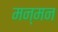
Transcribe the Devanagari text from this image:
मन्मन